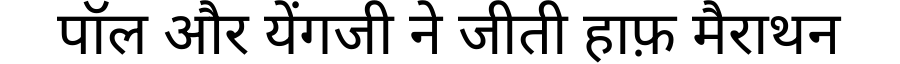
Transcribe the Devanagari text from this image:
पॉल और येंगजी ने जीती हाफ़ मैराथन